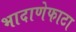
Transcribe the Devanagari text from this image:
भादाणेफाटा